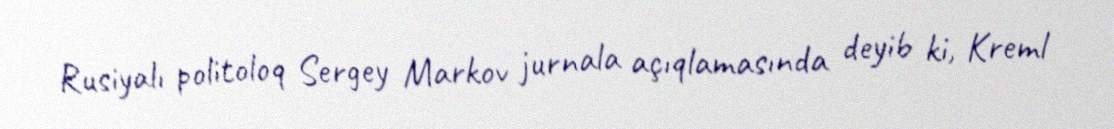
Rusiyalı politoloq Sergey Markov jurnala açıqlamasında deyib ki, Kreml